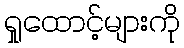
ရှုထောင့်များကို